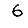
Digit: 6